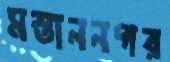
মস্তাননগর